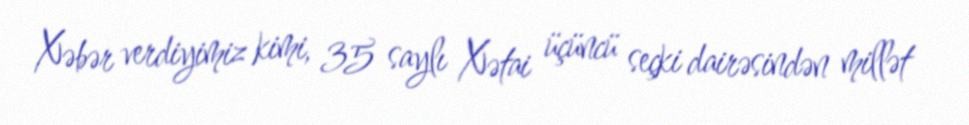
Xəbər verdiyimiz kimi, 35 saylı Xətai üçüncü seçki dairəsindən millət